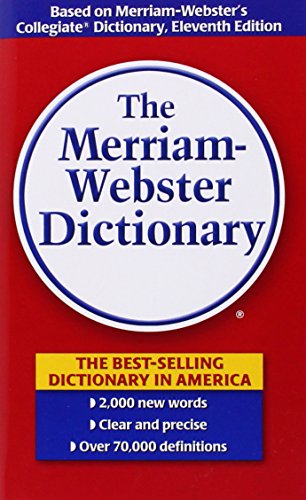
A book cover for The Merriam-Webster Dictionary; Merriam-Webster; Reference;